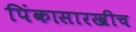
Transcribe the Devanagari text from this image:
पिंकासारखीच